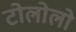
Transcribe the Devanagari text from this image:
टोलोलो